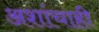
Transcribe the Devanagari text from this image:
अशांचाही